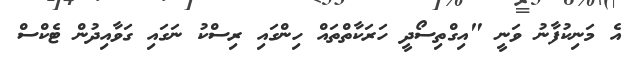
އެ މަނިކުފާނު ވަނީ "އިގްތިސޯދީ ހަރަކާތްތައް ހިންގައި ރިސްކު ނަގައި ގަވާއިދުން ޓެކްސް